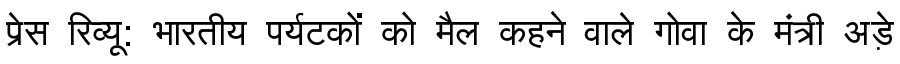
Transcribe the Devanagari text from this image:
प्रेस रिव्यू: भारतीय पर्यटकों को मैल कहने वाले गोवा के मंत्री अड़े